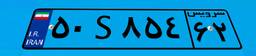
۵۵S۷۸۷۳۴